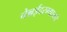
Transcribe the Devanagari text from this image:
चेन्नईदरम्यानचे